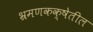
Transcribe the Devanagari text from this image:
भ्रमणकक्षेतील